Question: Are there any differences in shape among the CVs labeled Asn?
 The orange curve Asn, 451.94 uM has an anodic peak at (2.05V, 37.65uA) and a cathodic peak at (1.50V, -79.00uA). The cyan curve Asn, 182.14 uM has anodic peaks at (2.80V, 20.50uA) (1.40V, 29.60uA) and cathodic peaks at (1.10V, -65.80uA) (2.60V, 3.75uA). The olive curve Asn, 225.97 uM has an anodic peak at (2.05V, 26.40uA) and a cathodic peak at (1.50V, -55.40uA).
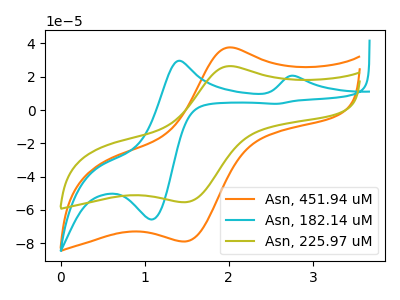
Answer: <think>"Asn, 451.94 uM" and "Asn, 182.14 uM" have a different number of peaks. All the peaks in "Asn, 451.94 uM" have a peak in "Asn, 225.97 uM" at the same potential. Every peak in "Asn, 451.94 uM" is higher than every peak in "Asn, 225.97 uM". "Asn, 182.14 uM" and "Asn, 225.97 uM" have a different number of peaks.
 </think>
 <answer>All the CV's of "Asn" have similar shape.</answer>
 <eval>follow_rule</eval>